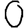
Digit: 0